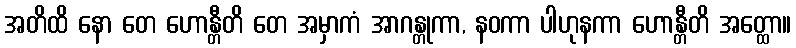
အတိထိ နော တေ ဟောန္တီတိ တေ အမှာကံ အာဂန္တုကာ, နဝကာ ပါဟုနကာ ဟောန္တီတိ အတ္ထော။